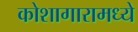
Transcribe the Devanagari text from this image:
कोशागारामध्ये